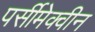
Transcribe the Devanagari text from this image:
पर्सीमेक्वीन